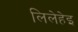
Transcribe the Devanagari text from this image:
लिलेहेइ